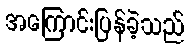
အကြောင်းပြန်ခဲ့သည်